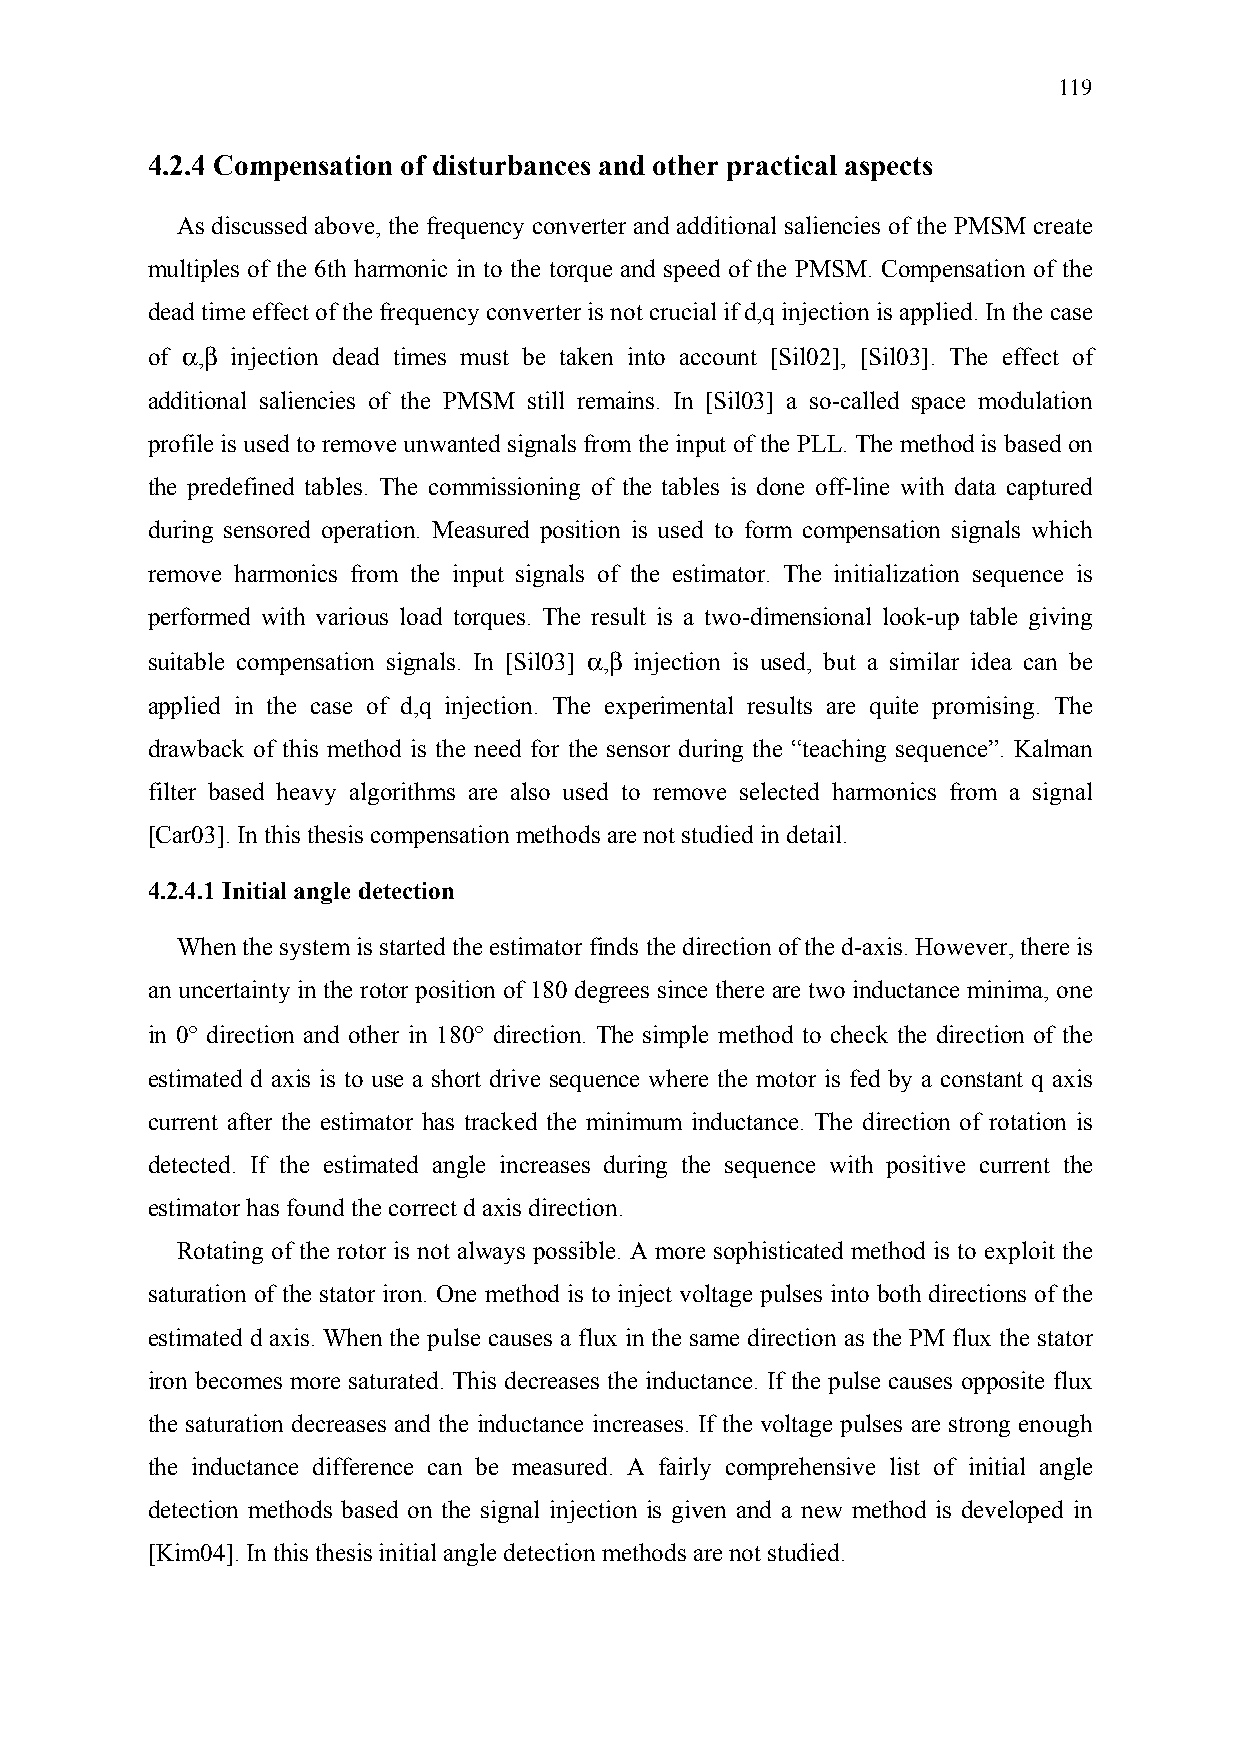
119
 4.2.4 Compensation of disturbances and other practical aspects
 As discussed above, the frequency converter and additional saliencies of the PMSM create
 multiples of the 6th harmonic in to the torque and speed of the PMSM. Compensation of the
 dead time effect of the frequency converter is not crucial if d,q injection is applied. In the case
 of α,β injection dead times must be taken into account [Sil02], [Sil03]. The effect of
 additional saliencies of the PMSM still remains. In [Sil03] a so-called space modulation
 profile is used to remove unwanted signals from the input of the PLL. The method is based on
 the predefined tables. The commissioning of the tables is done off-line with data captured
 during sensored operation. Measured position is used to form compensation signals which
 remove harmonics from the input signals of the estimator. The initialization sequence is
 performed with various load torques. The result is a two-dimensional look-up table giving
 suitable compensation signals. In [Sil03] α,β injection is used, but a similar idea can be
 applied in the case of d,q injection. The experimental results are quite promising. The
 drawback of this method is the need for the sensor during the “teaching sequence”. Kalman
 filter based heavy algorithms are also used to remove selected harmonics from a signal
 [Car03]. In this thesis compensation methods are not studied in detail.
 4.2.4.1 Initial angle detection
 When the system is started the estimator finds the direction of the d-axis. However, there is
 an uncertainty in the rotor position of 180 degrees since there are two inductance minima, one
 in 0° direction and other in 180° direction. The simple method to check the direction of the
 estimated d axis is to use a short drive sequence where the motor is fed by a constant q axis
 current after the estimator has tracked the minimum inductance. The direction of rotation is
 detected. If the estimated angle increases during the sequence with positive current the
 estimator has found the correct d axis direction.
 Rotating of the rotor is not always possible. A more sophisticated method is to exploit the
 saturation of the stator iron. One method is to inject voltage pulses into both directions of the
 estimated d axis. When the pulse causes a flux in the same direction as the PM flux the stator
 iron becomes more saturated. This decreases the inductance. If the pulse causes opposite flux
 the saturation decreases and the inductance increases. If the voltage pulses are strong enough
 the inductance difference can be measured. A fairly comprehensive list of initial angle
 detection methods based on the signal injection is given and a new method is developed in
 [Kim04]. In this thesis initial angle detection methods are not studied.